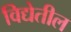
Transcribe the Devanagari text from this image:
विद्येतील